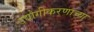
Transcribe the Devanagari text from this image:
उद्योगीकरणाच्या